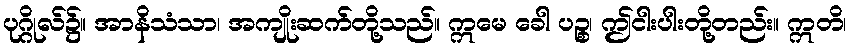
ပုဂ္ဂိုလ်၌။ အာနိသံသာ၊ အကျိုးဆက်တို့သည်။ ဣမေ ခေါ ပဉ္စ၊ ဤငါးပါးတို့တည်း။ ဣတိ၊